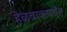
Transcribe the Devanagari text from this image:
हेळवाकपर्यंत